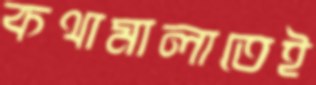
কথামালাতেই